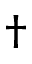
\dagger